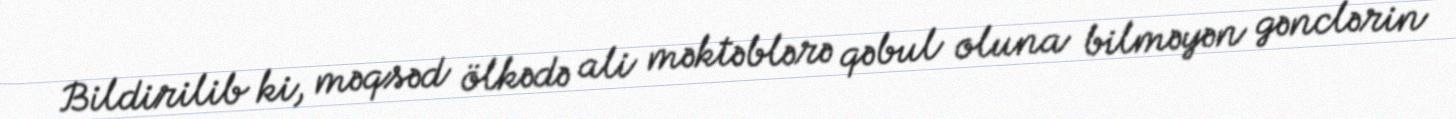
Bildirilib ki, məqsəd ölkədə ali məktəblərə qəbul oluna bilməyən gənclərin